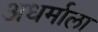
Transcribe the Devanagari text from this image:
अधर्माला